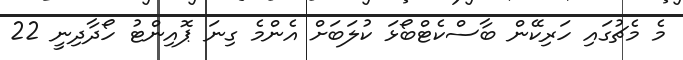
މެ މެޗުގައި ހަރިކޭން ބާސްކެޓްބޯޅަ ކުލަބަށް އެންމެ ގިނަ ޕޮއިންޓު ހޯދާދިނީ 22